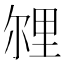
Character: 𲇁